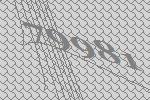
79981